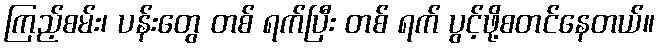
ကြည့်စမ်း၊ ပန်းတွေ တစ် ရက်ပြီး တစ် ရက် ပွင့်ဖို့စတင်နေတယ်။